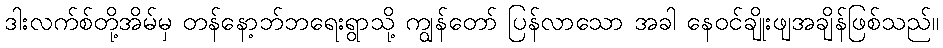
ဒါးလက်စ်တို့အိမ်မှ တန်နော့ဘ်ဘရေးရွာသို့ ကျွန်တော် ပြန်လာသော အခါ နေဝင်ချိုးဖျအချိန်ဖြစ်သည်။